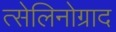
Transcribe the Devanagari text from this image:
त्सेलिनोग्राद